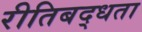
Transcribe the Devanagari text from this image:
रीतिबद्धता